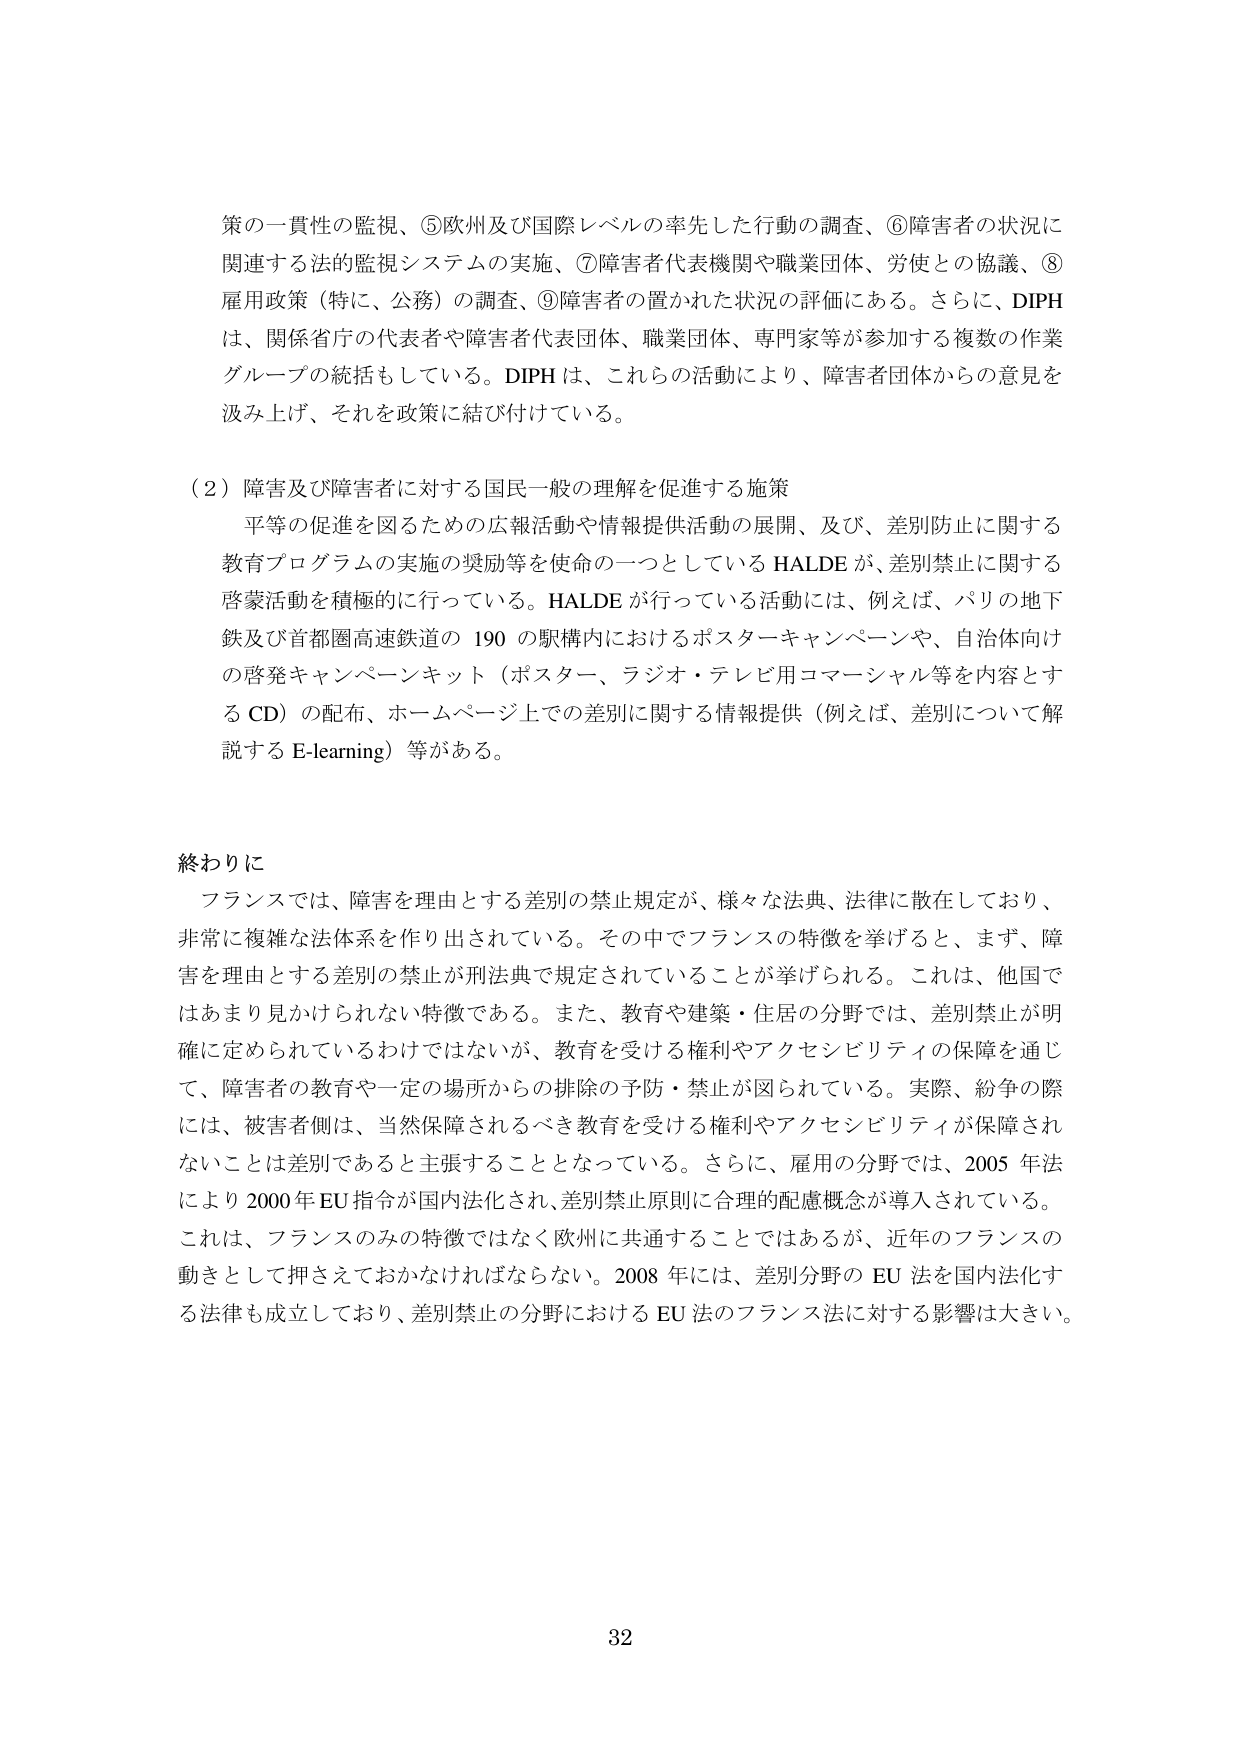
策の一貫性の監視、⑤欧州及び国際レベルの率先した行動の調査、⑥障害者の状況に関連する法的監視システムの実施、⑦障害者代表機関や職業団体、労使との協議、⑧雇用政策（特に、公務）の調査、⑨障害者の置かれた状況の評価にある。さらに、DIPHは、関係省庁の代表者や障害者代表団体、職業団体、専門家等が参加する複数の作業グループの統括もしている。DIPHは、これらの活動により、障害者団体からの意見を汲み上げ、それを政策に結び付けている。

（２）障害及び障害者に対する国民一般の理解を促進する施策
平等の促進を図るための広報活動や情報提供活動の展開、及び、差別防止に関する教育プログラムの実施の奨励等を使命の一つとしているHALDEが、差別禁止に関する啓蒙活動を積極的に行っている。HALDEが行っている活動には、例えば、パリの地下鉄及び首都圏高速鉄道の190の駅構内におけるポスターキャンペーンや、自治体向けの啓発キャンペーンキット（ポスター、ラジオ・テレビ用コマーシャル等を内容とするCD）の配布、ホームページ上での差別に関する情報提供（例えば、差別について解説するE-learning）等がある。

終わりに
フランスでは、障害を理由とする差別の禁止規定が、様々な法典、法律に散在しており、非常に複雑な法体系を作り出されている。その中でフランスの特徴を挙げると、まず、障害を理由とする差別の禁止が刑法典で規定されていることが挙げられる。これは、他国ではあまり見かけられない特徴である。また、教育や建築・住居の分野では、差別禁止が明確に定められているわけではないが、教育を受ける権利やアクセシビリティの保障を通じて、障害者の教育や一定の場所からの排除の予防・禁止が図られている。実際、紛争の際には、被害者側は、当然保障されるべき教育を受ける権利やアクセシビリティが保障されないことは差別であると主張することとなっている。さらに、雇用の分野では、2005年法により2000年EU指令が国内法化され、差別禁止原則に合理的配慮概念が導入されている。これは、フランスのみの特徴ではなく欧州に共通することではあるが、近年のフランスの動きとして押さえておかなければならない。2008年には、差別分野のEU法を国内法化する法律も成立しており、差別禁止の分野におけるEU法のフランス法に対する影響は大きい。

32